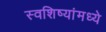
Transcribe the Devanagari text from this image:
स्वशिष्यांमध्ये